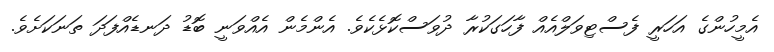
އެމީހުންގެ އަހަރީ ފެސްޓިވަލްއެއް ފާހަގަކުރާ ދުވަސްކޮޅެކެވެ. އެންމެން އެއްވަނީ ބޮޑު ދަނޑެއްފަދަ ތަނަކަށެވެ.